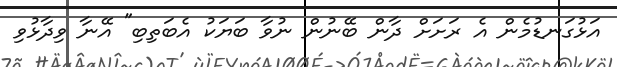
އަޅުގަނޑުމެން އެ ރަށަށް ދާން ބޭނުން ނުވާ ބަޔަކު އެބަތިބި" އޭނާ ވިދާޅުވި